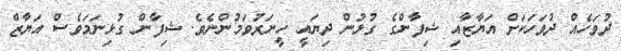
ދުވަހެއް ދުވަހަކަށް އަޔާޒާއި ޝިފާންގެ ގުޅުން ދިޔައީ ހީނަރުވަމުންނެވެ. ޝިފާން ގުޅިނަމަވެސް އަޔާޒް